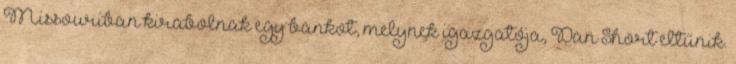
Missouriban kirabolnak egy bankot, melynek igazgatója, Dan Short eltűnik.